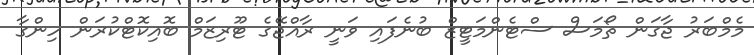
މެމްބަރު ޖާގަން ތޯމަސް ސްޓެންމަޓީޒް ބުނެފައި ވަނީ ރާއްޖޭގެ ޓޫރިޒަމް ބޮއިކޮޓްކުރަން ހިންގާ